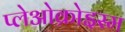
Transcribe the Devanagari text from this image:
प्लेओक्रोइस्म